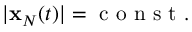
\begin{array} { r } { | { \bf x } _ { N } ( t ) | = \mathrm { ~ c ~ o ~ n ~ s ~ t ~ } . } \end{array}